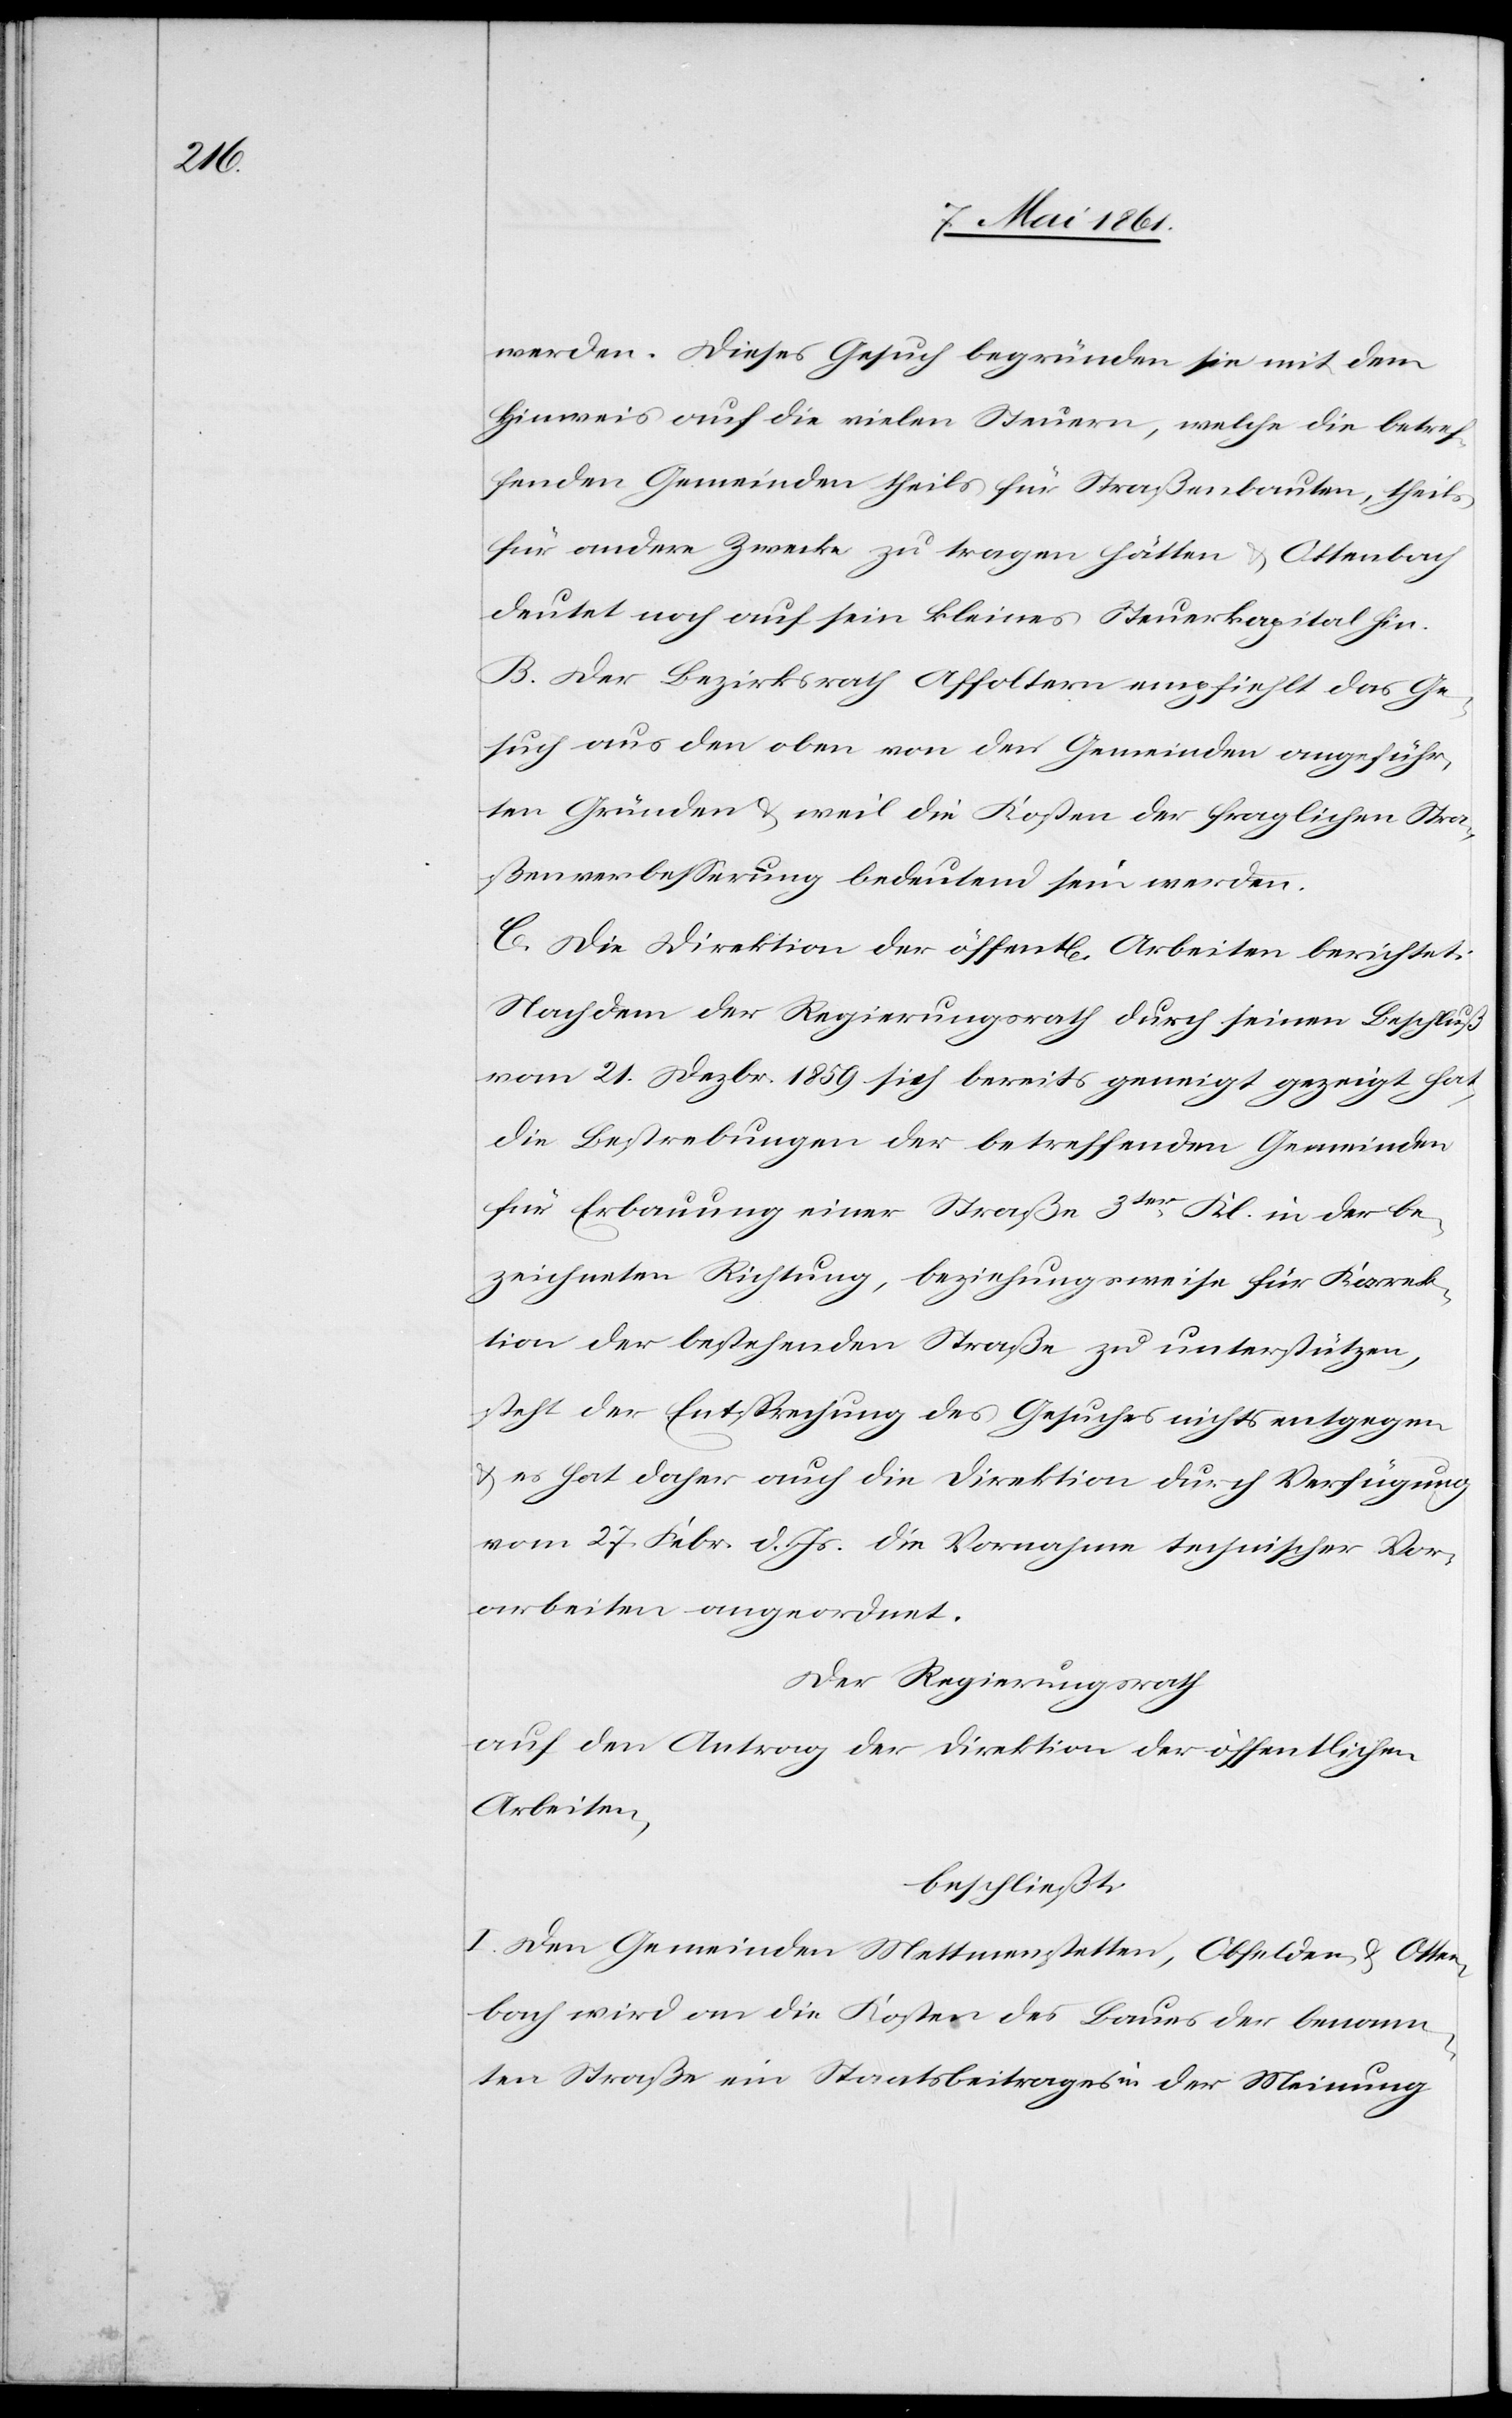
werden. Dieses Gesuch begründen sie mit dem
Hinweis auf die vielen Steuern, welche die betref¬
fenden Gemeinden theils für Straßenbauten, theils
für andere Zecke zu tragen hätten u. Ottenbach
deutet noch auf sein kleines Steuerkapital hin.
B. Der Bezirksrath Affoltern empfiehlt das Ge¬
such aus den oben von den Gemeinden angeführ¬
ten Gründen u. weil die Kosten der fraglichen Stra¬
ßenverbesserung bedeutend sein werden.
C. Die Direktion der öffent[lichen] Arbeiten berichtet:
Nachdem der Regierungsrath durch seinen Beschluß
vom 21. Dezbr. 1859 sich bereits geneigt gezeigt hat,
die Bestrebungen der betreffenden Gemeinden
für Erbauung einer Straße 3ter Kl. in der be¬
zeichneten Richtung, beziehungsweise für Korrek¬
tion der bestehenden Straße zu unterstützen,
steht der Entsprechung des Gesuches nichts entgegen
u. es hat daher auch die Direktion durch Verfügung
vom 27. Febr. d. Js. die Vornahme technischer Vor¬
arbeiten angeordnet.
Der Regierungsrath
auf den Antrag der Direktion der öffentlichen
Arbeiten,
beschließt:
I. Den Gemeinden Mettmenstetten, Obfelden u. Otten¬
bach wird an die Kosten des Baues der benann¬
ten Straße ein Staatsbeitrag in der Meinung